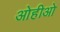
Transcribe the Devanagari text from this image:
ओहीओ